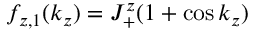
f _ { z , 1 } ( k _ { z } ) = J _ { + } ^ { z } ( 1 + \cos k _ { z } )